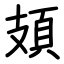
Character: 頍